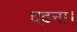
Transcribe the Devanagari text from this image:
चढ़ना।